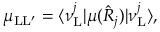
\mu _ { \mathrm { L } \mathrm { L } ^ { \prime } } = \langle \nu _ { \mathrm { L } } ^ { j } | \mu ( \hat { R } _ { j } ) | \nu _ { \mathrm { L } } ^ { j } \rangle ,